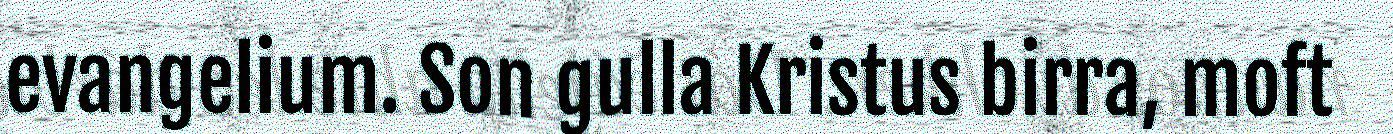
evangelium. Son gulla Kristus birra, moft